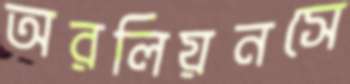
অরলিয়নসে